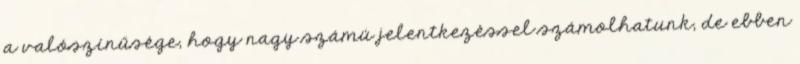
a valószínűsége, hogy nagy számú jelentkezéssel számolhatunk, de ebben